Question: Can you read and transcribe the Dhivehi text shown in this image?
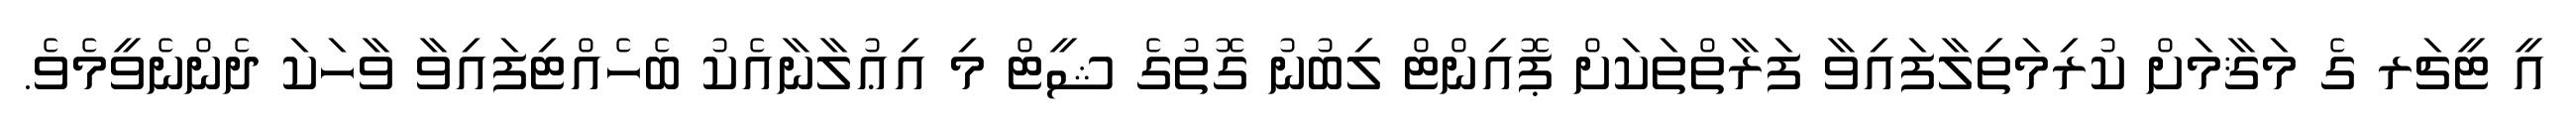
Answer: އީ ޓީޗަރ ގެ މަޤާމަށް ކުރިމަތިލާފައިވާ ފަރާތްތަކަށް ޕޮއިންޓް ލިބުނު ގޮތުގެ ޝީޓް މި އިޢުލާނާއެކު ބެހެއްޓިފައިވާ ވާހަކަ ދެންނެވީމެވެ.